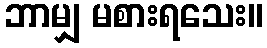
ဘာမျှ မစားရသေး။